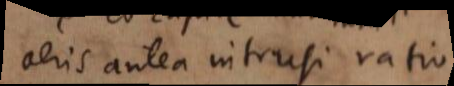
aeris antea intrusi ratio